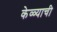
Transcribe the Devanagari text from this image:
केळ्याची